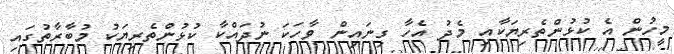
މީހުން އެ ކުޅުންތެރިޔަކާއި މެދު އެހާ ގިނައިން ވާހަކަ ނުދައްކާ ކުޅުންތެރިޔަކު މުބާާރާތުގައި